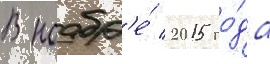
В ноабр'е́ 2015 го́да